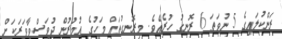
ރަންކުލައިގެ 5 ނުވަތަ 6 ރޮނގު ހުރެއެވެ. މިރޮނގުތައް މަހުގެ އުމުރުން ދުވަސްވާވަރަކަށް